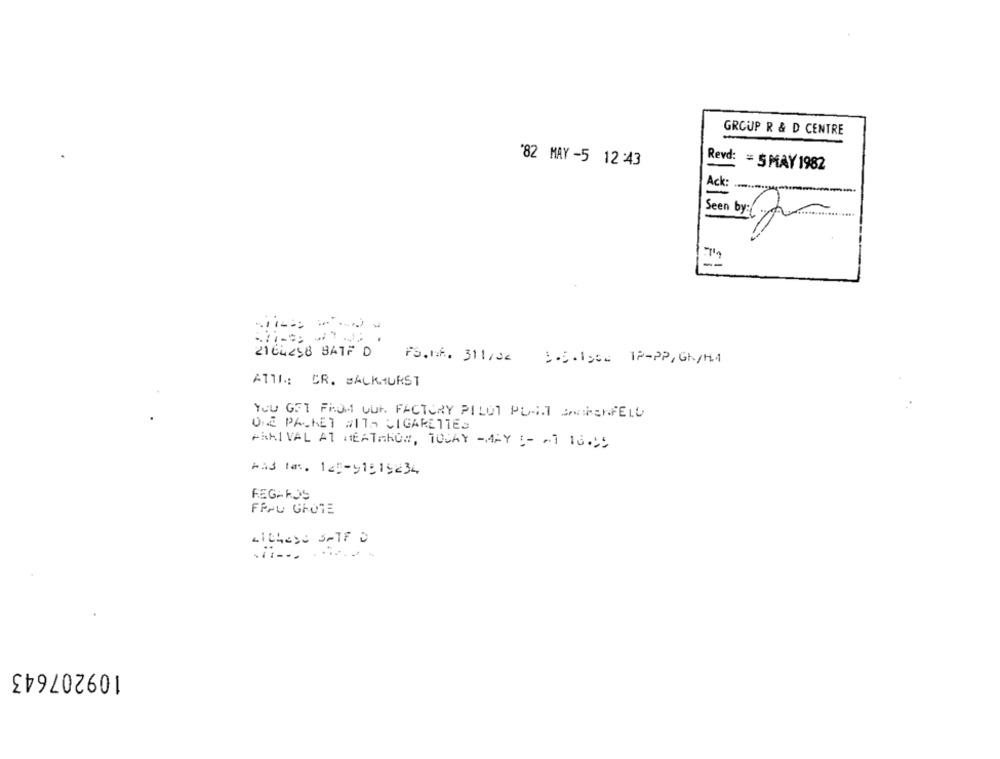
GROUP R & D CENTRE
'82 MAY -5 12 :43
Revd: = 5 MAY 1982
Ack:
Seen by:
2164258 BATF D
FS.NA. 311/22 5.5.1956 IP-PP, Gh/HA
ATTI: CR. BACKHURST
YOU GET FROM OUR FACTORY PILOT PLANT SAKENFELD
ONE PACKET #ITA CIGARETTES
PARIVAL AT HEATHROW, TODAY -MAY :- ~ 1 16.99
And tax. 145-91819234
REGARDS
FRAU GROTE
109207643